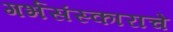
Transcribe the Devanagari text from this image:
गर्भसंस्काराचे